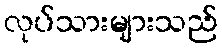
လုပ်သားများသည်